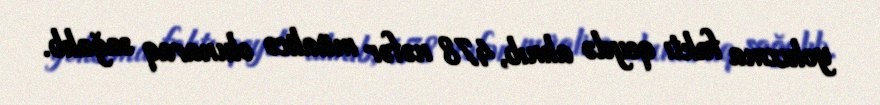
yoluxma faktı qeydə alınıb, 478 nəfər müalicə olunaraq sağalıb.